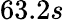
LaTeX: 63.2s